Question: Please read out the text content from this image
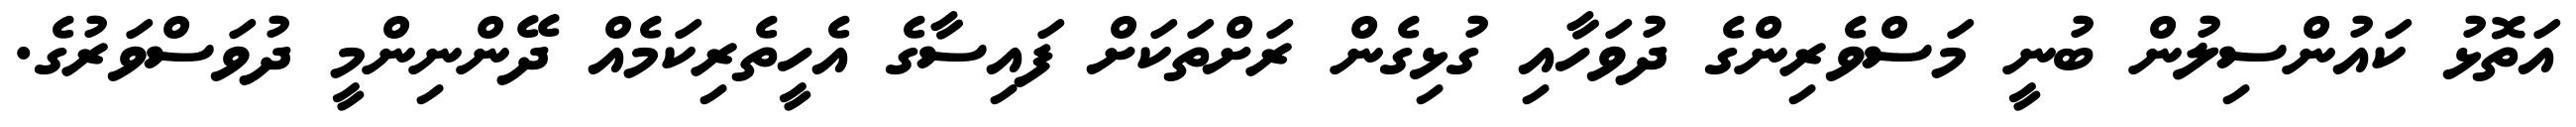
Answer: އަތޮޅު ކައުންސިލުން ބުނީ މަސްވެރިންގެ ދުވަހާއި ގުޅިގެން ރަށްތަކަށް ފައިސާގެ އެހީތެރިކަމެއް ދޭންނިންމީ ދުވަސްވަރުގެ.